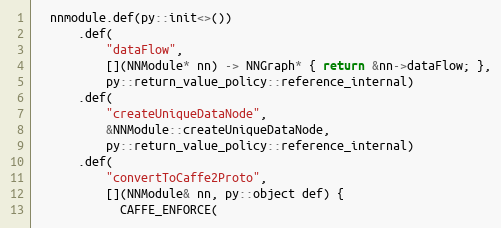
Language: C++
  nnmodule.def(py::init<>())
      .def(
          "dataFlow",
          [](NNModule* nn) -> NNGraph* { return &nn->dataFlow; },
          py::return_value_policy::reference_internal)
      .def(
          "createUniqueDataNode",
          &NNModule::createUniqueDataNode,
          py::return_value_policy::reference_internal)
      .def(
          "convertToCaffe2Proto",
          [](NNModule& nn, py::object def) {
            CAFFE_ENFORCE(